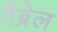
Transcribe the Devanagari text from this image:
गैंब्रेल